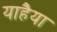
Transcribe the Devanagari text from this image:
याहैया